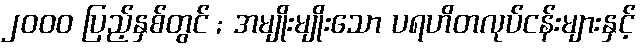
၂၀၀၀ ပြည့်နှစ်တွင် ; အမျိုးမျိုးသော ပရဟိတလုပ်ငန်းများနှင့်